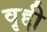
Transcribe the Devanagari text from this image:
वृद्दी